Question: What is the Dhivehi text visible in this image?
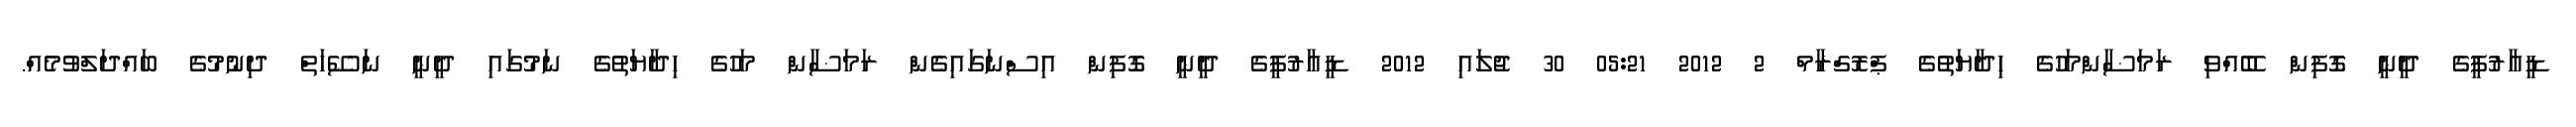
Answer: ޑީއާރުޕީގެ ދީނީ ގޮފިން ބޭއްވި ރަމަޟާންމަހުގެ ހިދާޔަތުގެ ޕްރޮގްރާމް 2 2012 05:21 30 ޖުލައި 2012 ޑީއާރުޕީގެ ދީނީ ގޮފިން އިސްނަގައިގެން ރަމަޟާން މަހުގެ ހިދާޔަތުގެ ނަމުގައި ދީނީ ނަސޭހަތް ދިނުމުގެ ބައްދަލްވުމެއް.